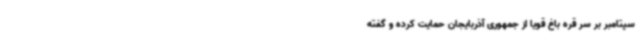
سپتامبر بر سر قره باغ قویا از جمهوری آذربایجان حمایت کرده و گفته